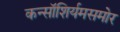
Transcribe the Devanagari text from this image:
कन्सॉशिर्यमसमोर